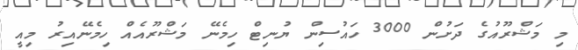
މި މަޝްރޫއުގެ ދަށުން 3000 ހައުސިން ޔުނިޓް ހިމެނޭ މަޝްރޫއެއް ހިމެނޭއިރު މިއީ